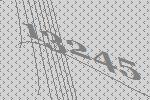
13245